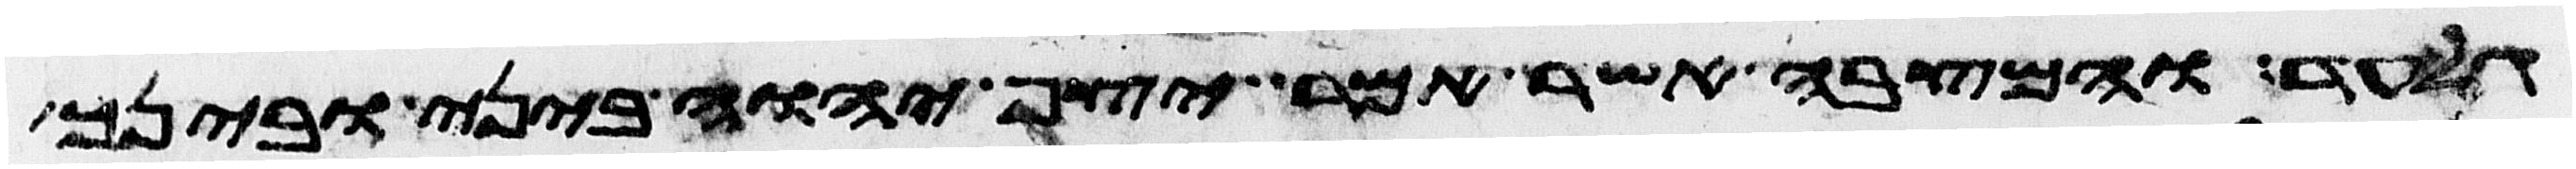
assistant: עד והמצבה אשר אמר יצף יהוה ביני ובינך